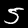
Label: 5